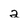
Character: a